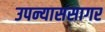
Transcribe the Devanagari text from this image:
उपन्याससागर